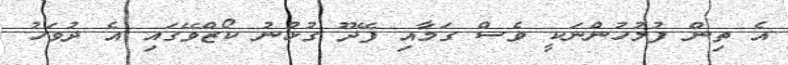
އެ ތިން ފުލުހުންނަކީ ވެސް ގަމާއި ފޭދޫ ގުޅުނު ކޯޒްވޭގައި އެ ދުވަހު